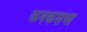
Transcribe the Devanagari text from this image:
कनकसभा